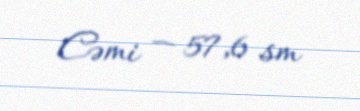
Cəmi — 57,6 sm